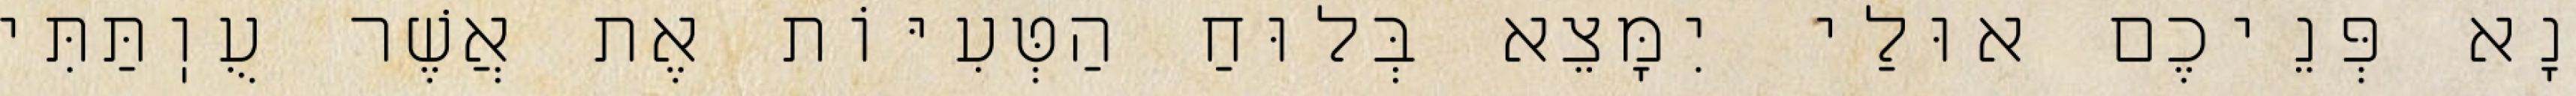
נָא פְּנֵיכֶם אוּלַי יִמָּצֵא בְּלוּחַ הַטְּעִיּוֹת אֶת אֲשֶׁר עֻוֽתַּתִּי